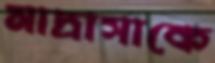
মাদ্রাসাকে